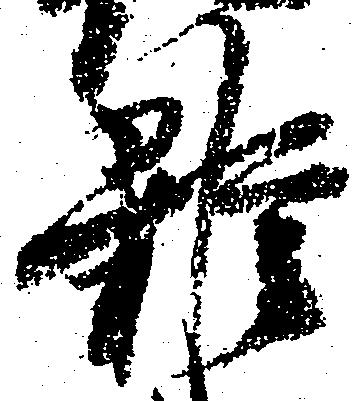
雑